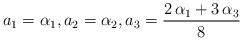
\begin{align*}a_1=\alpha_1, a_2=\alpha_2, {a_3} =\frac{2\,\alpha_1+3\,\alpha_3}{8}\end{align*}